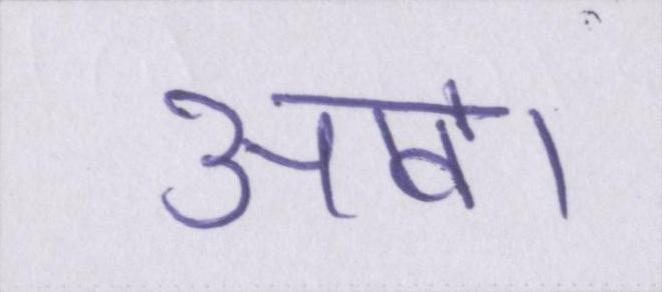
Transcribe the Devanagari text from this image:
आवें।